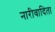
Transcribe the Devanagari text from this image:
नारीवादिता